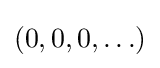
(0,0,0,\ldots )